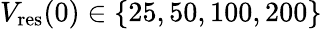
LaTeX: V_{\mathrm{res}}(0)\in\{ 25,50,100,200\}